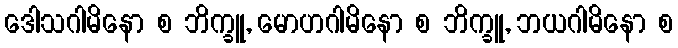
ဒေါသဂါမိနော စ ဘိက္ခူ, မောဟဂါမိနော စ ဘိက္ခူ, ဘယဂါမိနော စ